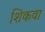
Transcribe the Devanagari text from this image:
शिकवा